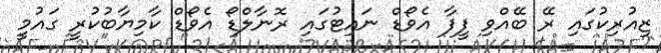
ޒިއުރިކުގައި ރޭ ބޭއްވި ފީފާ އެވޯޑް ނައިޓުގައި ރޮނާލްޑޯ އެވޯޑް ކާމިޔާބުކުރީ ގައުމީ